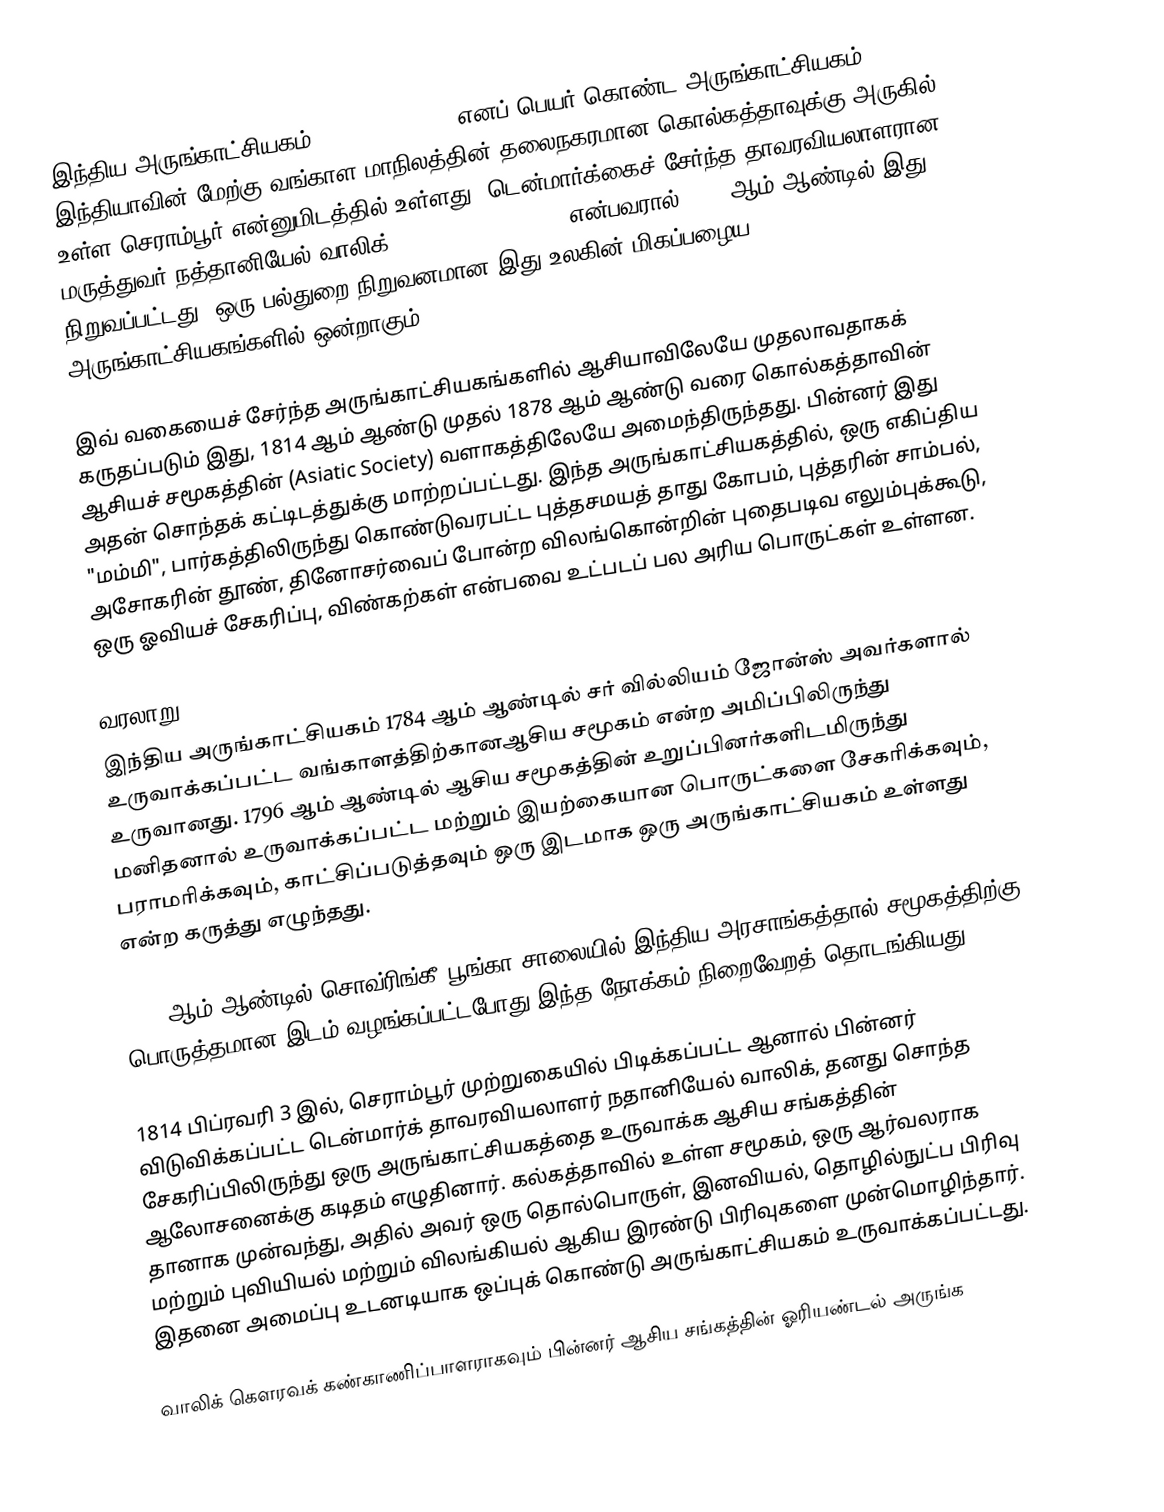
இந்திய அருங்காட்சியகம் (Indian Museum) எனப் பெயர் கொண்ட அருங்காட்சியகம் இந்தியாவின் மேற்கு வங்காள மாநிலத்தின் தலைநகரமான கொல்கத்தாவுக்கு அருகில் உள்ள செராம்பூர் என்னுமிடத்தில் உள்ளது. டென்மார்க்கைச் சேர்ந்த தாவரவியலாளரான மருத்துவர் நத்தானியேல் வாலிக் (Nathaniel Wallich) என்பவரால் 1814 ஆம் ஆண்டில் இது நிறுவப்பட்டது. ஒரு பல்துறை நிறுவனமான இது உலகின் மிகப்பழைய அருங்காட்சியகங்களில் ஒன்றாகும்.

இவ் வகையைச் சேர்ந்த அருங்காட்சியகங்களில் ஆசியாவிலேயே முதலாவதாகக் கருதப்படும் இது, 1814 ஆம் ஆண்டு முதல் 1878 ஆம் ஆண்டு வரை கொல்கத்தாவின் ஆசியச் சமூகத்தின் (Asiatic Society) வளாகத்திலேயே அமைந்திருந்தது. பின்னர் இது அதன் சொந்தக் கட்டிடத்துக்கு மாற்றப்பட்டது. இந்த அருங்காட்சியகத்தில், ஒரு எகிப்திய "மம்மி", பார்கத்திலிருந்து கொண்டுவரபட்ட புத்தசமயத் தாது கோபம், புத்தரின் சாம்பல், அசோகரின் தூண், தினோசர்வைப் போன்ற விலங்கொன்றின் புதைபடிவ எலும்புக்கூடு, ஒரு ஓவியச் சேகரிப்பு, விண்கற்கள் என்பவை உட்படப் பல அரிய பொருட்கள் உள்ளன.

வரலாறு
இந்திய அருங்காட்சியகம் 1784 ஆம் ஆண்டில் சர் வில்லியம் ஜோன்ஸ் அவர்களால் உருவாக்கப்பட்ட வங்காளத்திற்கானஆசிய சமூகம்  என்ற அமிப்பிலிருந்து உருவானது. 1796 ஆம் ஆண்டில் ஆசிய சமூகத்தின் உறுப்பினர்களிடமிருந்து மனிதனால் உருவாக்கப்பட்ட மற்றும் இயற்கையான பொருட்களை சேகரிக்கவும், பராமரிக்கவும், காட்சிப்படுத்தவும் ஒரு இடமாக ஒரு அருங்காட்சியகம் உள்ளது என்ற கருத்து எழுந்தது.

1808 ஆம் ஆண்டில் சொவ்ரிங்கீ-பூங்கா சாலையில் இந்திய அரசாங்கத்தால் சமூகத்திற்கு பொருத்தமான இடம் வழங்கப்பட்டபோது இந்த நோக்கம் நிறைவேறத் தொடங்கியது.

1814 பிப்ரவரி 3 இல், செராம்பூர் முற்றுகையில் பிடிக்கப்பட்ட ஆனால் பின்னர் விடுவிக்கப்பட்ட டென்மார்க் தாவரவியலாளர் நதானியேல் வாலிக், தனது சொந்த சேகரிப்பிலிருந்து ஒரு அருங்காட்சியகத்தை உருவாக்க ஆசிய சங்கத்தின் ஆலோசனைக்கு கடிதம் எழுதினார். கல்கத்தாவில் உள்ள சமூகம், ஒரு ஆர்வலராக  தானாக முன்வந்து, அதில் அவர் ஒரு தொல்பொருள், இனவியல், தொழில்நுட்ப பிரிவு மற்றும் புவியியல் மற்றும் விலங்கியல் ஆகிய இரண்டு பிரிவுகளை முன்மொழிந்தார்.  இதனை அமைப்பு உடனடியாக ஒப்புக் கொண்டு அருங்காட்சியகம் உருவாக்கப்பட்டது.

வாலிக் கௌரவக் கண்காணிப்பாளராகவும் பின்னர் ஆசிய சங்கத்தின் ஓரியண்டல் அருங்க